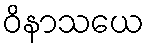
ဝိနာသယေ